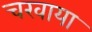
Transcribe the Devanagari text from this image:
चरवाया